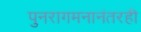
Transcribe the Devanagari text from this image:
पुनरागमनानंतरही